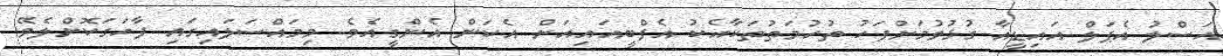
އަސްލު އެޕަލް އައިޑީއާ ގުޅުވުމަށްފަހު ތުހުމަތުތަކާއެކު އެފްބީއައިއަށް އެކަން އެންގީއެވެ. މިމައްސަލައިގައި ފާހަގަކޮށްލެވޭ